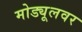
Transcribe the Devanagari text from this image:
मोड्यूलवर